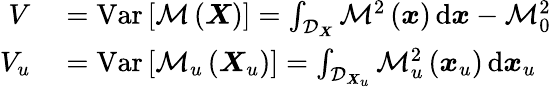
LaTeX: \begin{array}{rl}{V}&{{}=\operatorname{Var}\left[\mathcal{M}\left(\boldsymbol{X}\right)\right]=\int_{\mathcal{D}_{\boldsymbol{X}}}\mathcal{M}^{2}\left(\boldsymbol{x}\right)\, \mathrm{d}\boldsymbol{x}-\mathcal{M}_{0}^{2}}\\ {V_{u}}&{{}=\operatorname{Var}\left[\mathcal{M}_{u}\left(\boldsymbol{X}_{u}\right)\right]=\int_{\mathcal{D}_{\boldsymbol{X}_{u}}}\mathcal{M}_{u}^{2}\left(\boldsymbol{x}_{u}\right)\, \mathrm{d}\boldsymbol{x}_{u}}\end{array}